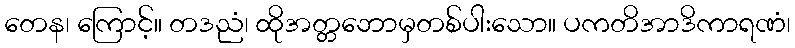
တေန၊ ကြောင့်။ တဒညံ၊ ထိုအတ္တဘောမှတစ်ပါးသော။ ပကတိအာဒိကာရဏံ၊